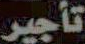
تأجير